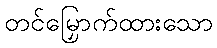
တင်မြှောက်ထားသော